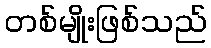
တစ်မျိုးဖြစ်သည်